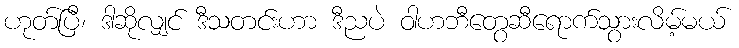
ဟုတ်ပြီ၊ ဒါဆိုလျှင် ဒီသတင်းဟာ ဒီညပဲ ဝါဟဘီတွေဆီရောက်သွားလိမ့်မယ်